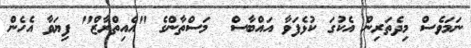
ނަމަވެސް މިދެތަރިން އެކުގަ ކުޅެފަވާ އައްބާސް  މަސްތާންގެ "އެއިތްރާޒް" ފިޔަވާ އެހެން